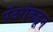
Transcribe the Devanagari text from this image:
पेंटरांकडून